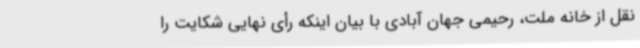
نقل از خانه ملت، رحیمی جهان آبادی با بیان اینکه رأی نهایی شکایت را